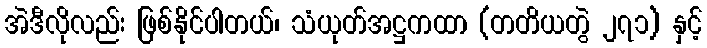
အဲဒီလိုလည်း ဖြစ်နိုင်ပါတယ်၊ သံယုတ်အဋ္ဌကထာ (တတိယတွဲ ၂၇၁) နှင့်